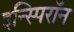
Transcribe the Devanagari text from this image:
इन्स्पिरॉन